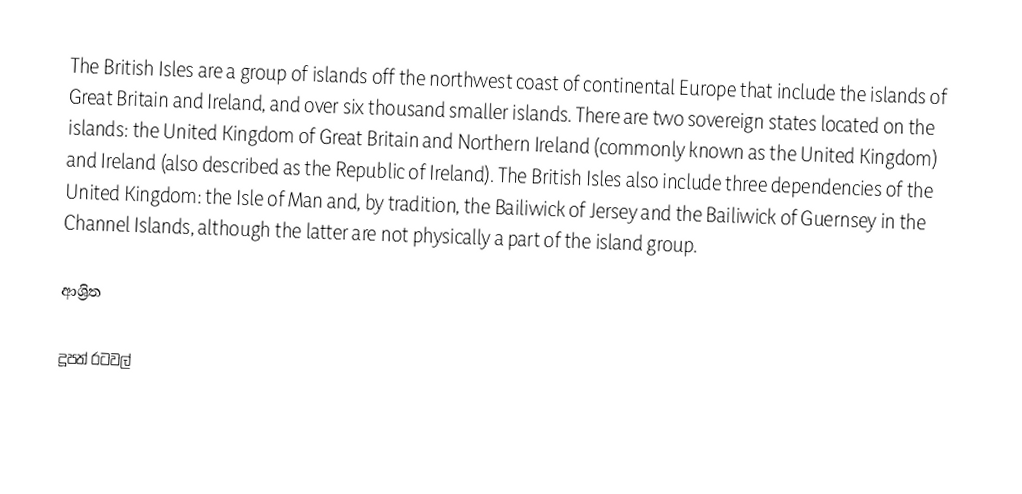
The British Isles are a group of islands off the northwest coast of continental Europe that include the islands of Great Britain and Ireland, and over six thousand smaller islands.  There are two sovereign states located on the islands: the United Kingdom of Great Britain and Northern Ireland (commonly known as the United Kingdom) and Ireland (also described as the Republic of Ireland). The British Isles also include three dependencies of the United Kingdom: the Isle of Man and, by tradition, the Bailiwick of Jersey and the Bailiwick of Guernsey in the Channel Islands, although the latter are not physically a part of the island group.

ආශ්‍රිත

දූපත් රටවල්